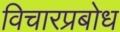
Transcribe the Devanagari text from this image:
विचारप्रबोध